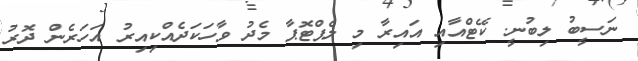
ނަސީބު ލިބުނީ. ކޭޓްއާއި އައިރާ މި ލެޕްޓޮޕާ މެދު ވާހަކަދެއްކިއިރު އަހަރެން ދޮރު